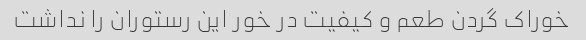
خوراک گردن طعم و کیفیت در خور این رستوران را نداشت